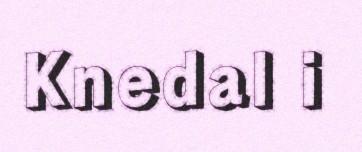
Knedal i